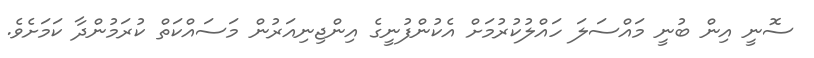
ސޮނީ އިން ބުނީ މައްސަލަ ހައްލުކުރުމަށް އެކުންފުނީގެ އިންޖިނިއަރުން މަސައްކަތް ކުރަމުންދާ ކަމަށެވެ.